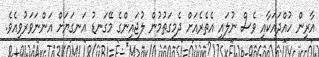
އާރިން ހުއްދައަކާއި ވެސް ނުލައި އެތެރެއަށް ދެމިގަތުމުން ލުޖައިންގެ މޭގަނޑު އަނގަޔަށް އަންނަވަރުވިއެވެ.